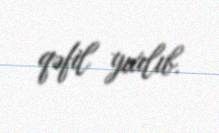
qəfil yıxılıb.